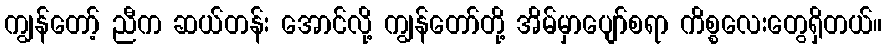
ကျွန်တော့် ညီက ဆယ်တန်း အောင်လို့ ကျွန်တော်တို့ အိမ်မှာပျော်စရာ ကိစ္စလေးတွေရှိတယ်။